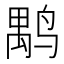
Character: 𪉐